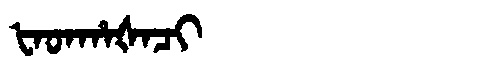
Manchu: ᡶᠠᡨᡥᠠᡧᠠᠴᡳ
Romanization: FATHAŠACI